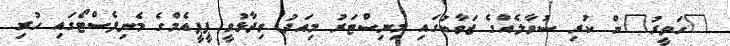
"ހަވީރު"ން ކުރި ސުވާލެއްގެ ޖަވާބުގައި މިނިސްޓަރު މިއަދު ވިދާޅުވީ ޕީޕީއެމްގެ މެނިފެސްޓޯގައި ހުރި